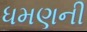
ધમણની